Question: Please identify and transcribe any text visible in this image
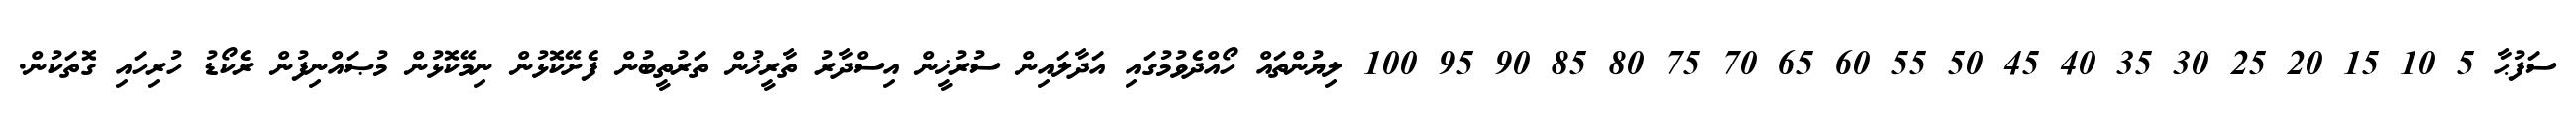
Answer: ސަފުޙާ 5 10 15 20 25 30 35 40 45 50 55 60 65 70 75 80 85 90 95 100 ލިޔުންތައް ހޯއްދެވުމުގައި އަދާލައިން ސުރުޚީން އިސްދާރު ތާރީޚުން ތަރުތީބުން ފެށޭކޮޅުން ނިމޭކޮޅުން މުޞައްނިފުން ރެކޯޑު ހުރިހައި ގޮތަކުން.